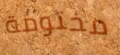
مختومة